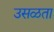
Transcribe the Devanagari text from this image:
उसळता